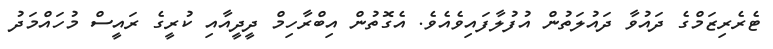
ޓެރެރިޒަމްގެ ދައުވާ ދައުލަތުން އުފުލާފައިވެއެވެ. އެގޮތުން އިބްރާހިމް ދީދީއާއި ކުރީގެ ރައީސް މުހައްމަދު